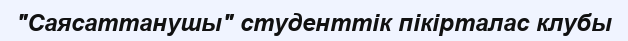
"Саясаттанушы" студенттік пікірталас клубы